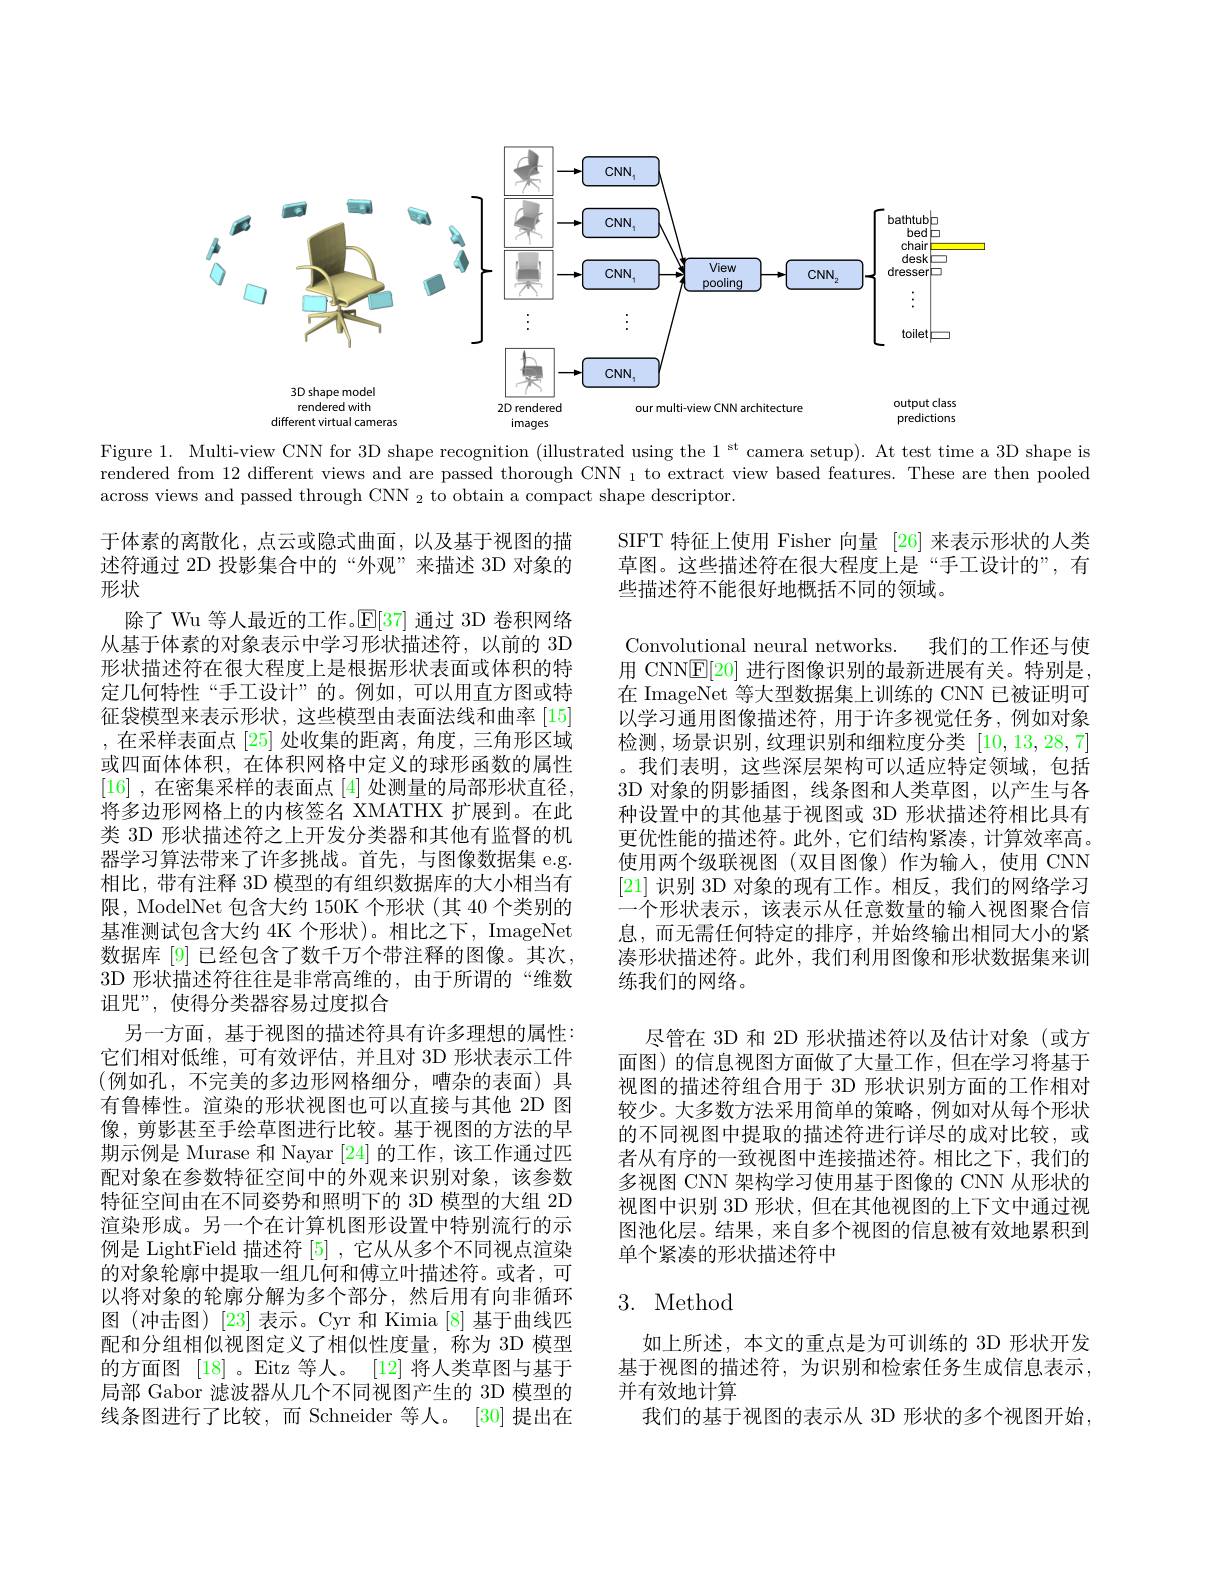
<FigureHere>

Figure 1. Multi-view CNN for 3D shape recognition (illustrated using the 1 st camera setup). At test time a 3D shape is $\bar{\text{rendered from 12 different views and are passed thorough CNN }_{1}\text{to extract view based features. These are then pooled}}$ across views and passed through CNN $_2$ to obtain a compact shape descriptor.

SIFT 特征上使用 Fisher 向量 [26]来表示形状的人类草图。这些描述符在很大程度上是“手工设计的”,有些描述符不能很好地概括不同的领域。

Convolutional neural networks. 我们的工作还与使用 CNNE[20]进行图像识别的最新进展有关。特别是， 在 ImageNet 等大型数据集上训练的 CNN 已被证明可以学习通用图像描述符，用于许多视觉任务，例如对象检测，场景识别，纹理识别和细粒度分类[10,13,28,7] 。我们表明，这些深层架构可以适应特定领域，包括3D 对象的阴影插图，线条图和人类草图，以产生与各种设置中的其他基于视图或 3D 形状描述符相比具有更优性能的描述符。此外，它们结构紧凑，计算效率高。使用两个级联视图(双目图像)作为输人，使用 CNN [21]识别 3D 对象的现有工作。相反，我们的网络学习一个形状表示，该表示从任意数量的输入视图聚合信息，而无需任何特定的排序，并始终输出相同大小的紧凑形状描述符。此外，我们利用图像和形状数据集来训练我们的网络。
尽管在 3D 和 2D 形状描述符以及估计对象(或方面图) 的信息视图方面做了大量工作，但在学习将基于视图的描述符组合用于 3D 形状识别方面的工作相对较少。大多数方法采用简单的策略，例如对从每个形状的不同视图中提取的描述符进行详尽的成对比较，或者从有序的一致视图中连接描述符。相比之下，我们的多视图 CNN 架构学习使用基于图像的 CNN 从形状的视图中识别 3D 形状，但在其他视图的上下文中通过视图池化层。结果，来自多个视图的信息被有效地累积到单个紧凑的形状描述符中

于体素的离散化，点云或隐式曲面，以及基于视图的描述符通过 2D 投影集合中的“外观”来描述 3D 对象的形状
除了 Wu 等人最近的工作。$\mathbb{E}[37]$通过 3D 卷积网络从基于体素的对象表示中学习形状描述符，以前的 3D 形状描述符在很大程度上是根据形状表面或体积的特定几何特性“手工设计”的。例如，可以用直方图或特征袋模型来表示形状，这些模型由表面法线和曲率 [15] ,在采样表面点 [25] 处收集的距离，角度，三角形区域或四面体体积，在体积网格中定义的球形函数的属性[16] ,在密集采样的表面点 [4] 处测量的局部形状直径。将多边形网格上的内核签名 XMATHX 扩展到。在此类 3D 形状描述符之上开发分类器和其他有监督的机器学习算法带来了许多挑战。首先，与图像数据集 e.g. 相比，带有注释 3D 模型的有组织数据库的大小相当有限，ModelNet 包含大约 150K 个形状 (其 40 个类别的基准测试包含大约 4K 个形状)。相比之下，ImageNet 数据库 [9] 已经包含了数千万个带注释的图像。其次， 3D 形状描述符往往是非常高维的，由于所谓的“维数诅咒”, 使得分类器容易过度拟合
另一方面，基于视图的描述符具有许多理想的属性： 它们相对低维，可有效评估，并且对 3D 形状表示工件(例如孔，不完美的多边形网格细分，嘈杂的表面)具有鲁棒性。渲染的形状视图也可以直接与其他 2D 图像，剪影甚至手绘草图进行比较。基于视图的方法的早期示例是 Murase 和 Nayar [24]的工作，该工作通过匹配对象在参数特征空间中的外观来识别对象，该参数特征空间由在不同姿势和照明下的 3D 模型的大组 2D 渲染形成。另一个在计算机图形设置中特别流行的示例是 LightField 描述符[5],它从从多个不同视点渲染的对象轮廓中提取一组几何和傅立叶描述符。或者，可以将对象的轮廓分解为多个部分，然后用有向非循环图(冲击图)[23]表示。Cyr 和 Kimia [8] 基于曲线匹配和分组相似视图定义了相似性度量，称为 3D 模型的方面图[18] 。Eitz 等人。[12]将人类草图与基于局部 Gabor 滤波器从几个不同视图产生的 3D 模型的线条图进行了比较，而 Schneider 等人。[30]提出在

# 3. Method

如上所述，本文的重点是为可训练的 3D 形状开发基于视图的描述符，为识别和检索任务生成信息表示， 并有效地计算
我们的基于视图的表示从 3D 形状的多个视图开始，